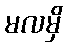
မလမှိ